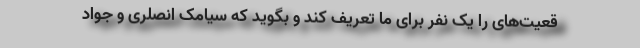
قعیت‌های را یک نفر برای ما تعریف کند و بگوید که سیامک انصلری و جواد